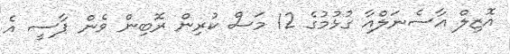
އޮޒިލް އާސެނަލްއާ ގުޅުމުގެ 12 މަސް ކުރިން ރޮބިން ވެން ޕާސީ އެ